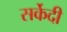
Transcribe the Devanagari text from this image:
सर्केदी